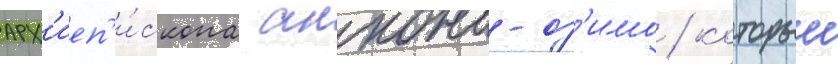
арх'иеп'и́скопа анкона-оз'имо / которыи